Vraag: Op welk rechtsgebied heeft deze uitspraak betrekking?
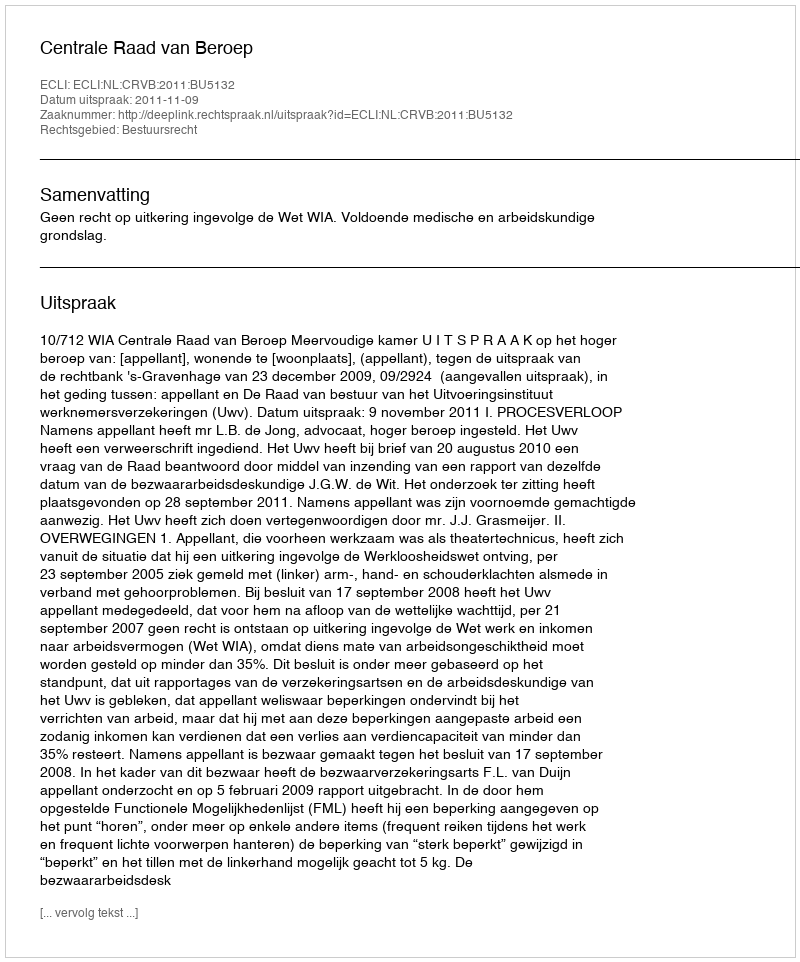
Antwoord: Bestuursrecht